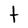
Character: t